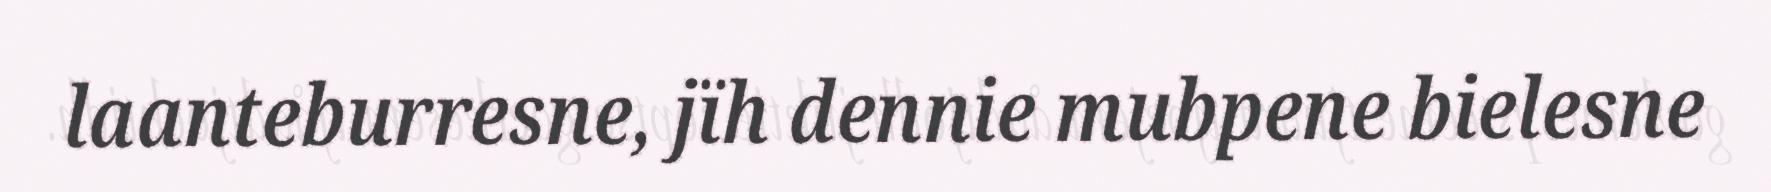
laanteburresne, jïh dennie mubpene bielesne